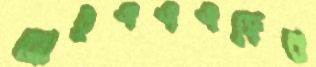
আইএএএফের